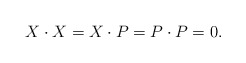
\begin{align*}X\cdot X=X\cdot P=P\cdot P=0. \end{align*}